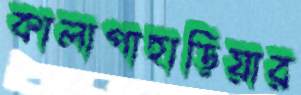
কালাপাহাড়িয়ার